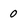
Character: 0